Insane asylums Bombay 1873-77 - 1873-1877
Year: 1873
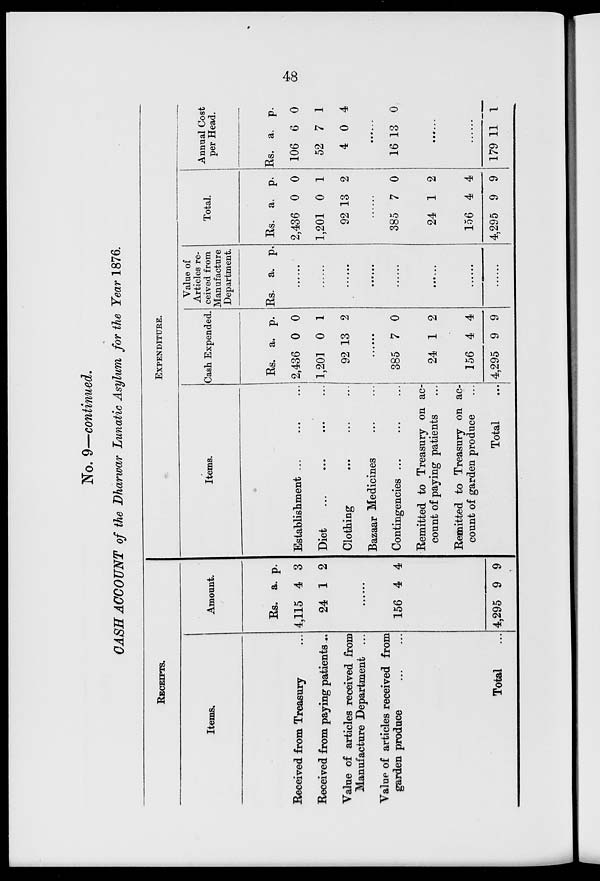
48
No. 9—continued.
CASH ACCOUNT of the Dharwar Lunatic Asylum for the Year 1876.
RECEIPTS.
Items.
Received from Treasury ...
Received from paying patients...
Value of articles received from
Manufacture Department ...
Value of articles received from
garden produce
Total ...
Amount.
Rs.
4,115
24
a.
4
1
p.
3
2
......
156
4,295
4
9
4
9
EXPENDITURE.
Items.
Establishment ... ... ...
Diet
...
...
...
Clothing ... ... ...
Bazaar Medicines ... ...
Contingencies ... ... ...
Remitted to Treasury on ac-
count of paying patients ...
Remitted to Treasury on ac-
count of garden produce ...
Total ...
Cash Expended.
Rs.
2,436
1,201
92
a.
0
0
13
p.
0
1
2
......
385
24
156
4,295
7
1
4
9
0
2
4
9
Value of
Articles re-
ceived from
Manufacture
Department.
Rs. a.
p.
......
......
......
......
......
......
......
......
Total.
Rs.
2,436
1,201
92
a.
0
0
13
p.
0
1
2
......
385
24
156
4,295
7
1
4
9
0
2
4
9
Annual Cost
per Head.
Rs.
106
52
4
a.
6
7
0
p.
0
1
4
......
16 13 0
......
......
179 11 1